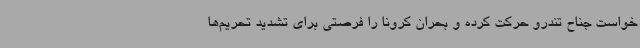
خواست جناح تندرو حرکت کرده و بحران کرونا را فرصتی برای تشدید تحریم‌ها